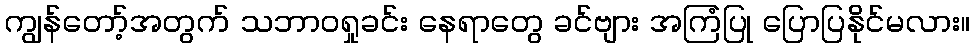
ကျွန်တော့်အတွက် သဘာဝရှုခင်း နေရာတွေ ခင်ဗျား အကြံပြု ပြောပြနိုင်မလား။